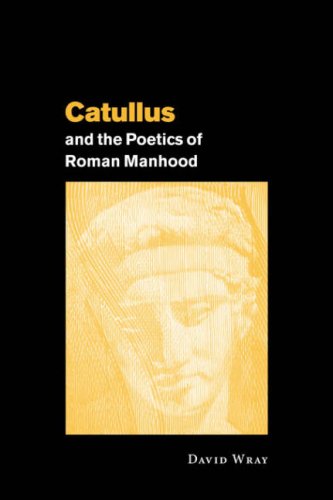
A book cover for Catullus and the Poetics of Roman Manhood; David Wray; Literature & Fiction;